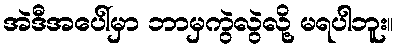
အဲဒီအပေါ်မှာ ဘာမှကွဲလွဲလို့ မရပါဘူး။